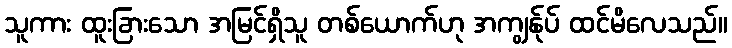
သူကား ထူးခြားသော အမြင်ရှိသူ တစ်ယောက်ဟု အကျွန်ုပ် ထင်မိလေသည်။